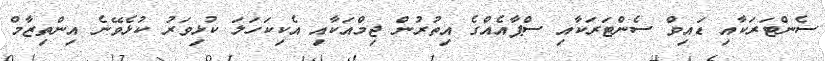
ސެންޓަރަކާއި ޑައިވް ސެންޓަރަކާއި ސްޕާއެއްގެ އިތުރުން ޖިމްއަކާއި އެކިކަހަލަ ކުޅިވަރު ކުޅެވޭނެ އިންތިޒާމް